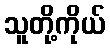
သူတို့ကိုယ်